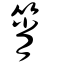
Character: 筲